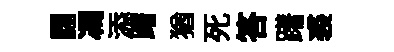
詡馮添躇猶死答躇裘